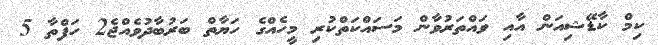
ކިމް ކާޑޭޝިއަން އާއި ވައްތަރުވާން މަސައްކަތްކުރި މީހެއްގެ ހަޔާތް ބަރުބާދުވެއްޖެ2 ހަފްތާ 5